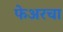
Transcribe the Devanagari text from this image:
फेअरचा